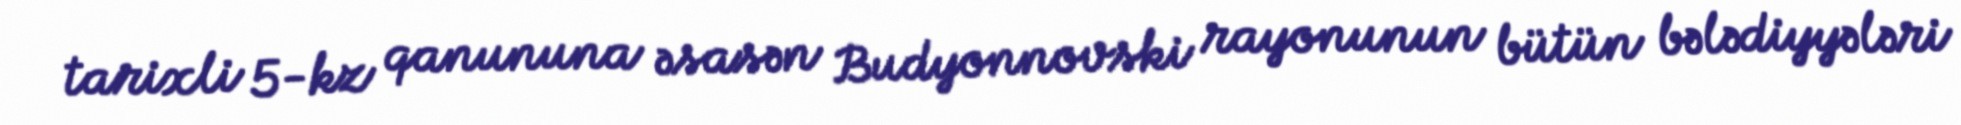
tarixli 5-kz qanununa əsasən Budyonnovski rayonunun bütün bələdiyyələri